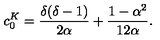
\displaystyle c _ { 0 } ^ { K } = \frac { \delta ( \delta - 1 ) } { 2 \alpha } + \frac { 1 - \alpha ^ { 2 } } { 1 2 \alpha } .